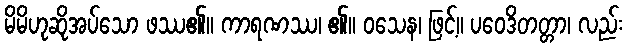
မိမိဟုဆိုအပ်သော ဖဿ၏။ ကာရဏဿ၊ ၏။ ဝသေန၊ ဖြင့်။ ပဝေဒိတတ္တာ၊ လည်း